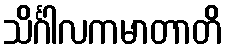
သိင်္ဂါလကမာတာတိ